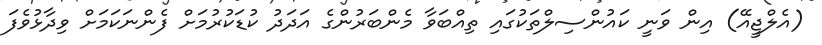
(އެލްޖީއޭ) އިން ވަނީ ކައުންސިލްތަކުގައި ތިއްބަވާ މެންބަރުންގެ އަދަދު ކުޑަކުރުމަށް ފެންނަކަމަށް ވިދާޅުވެފަ